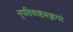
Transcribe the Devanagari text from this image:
नृपतिकाष्ठसञ्जागरे